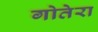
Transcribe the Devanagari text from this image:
गोतेरा